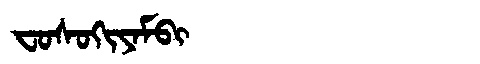
Manchu: ᠸᠣᠰᠣᡴᡳᠶᠠᠮᠪᡳ
Romanization: FOSOKIYAMBI